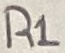
Text: R1